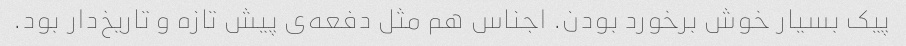
پیک بسیار خوش برخورد بودن. اجناس هم مثل دفعه‌ی پیش تازه و تاریخ‌دار بود.